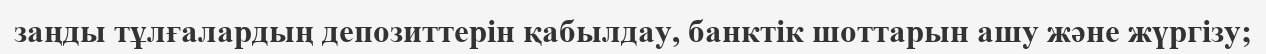
заңды тұлғалардың депозиттерін қабылдау, банктік шоттарын ашу және жүргізу;